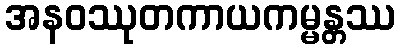
အနဝဿုတကာယကမ္မန္တဿ